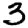
Digit: 3